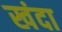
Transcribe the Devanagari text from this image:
खंदा